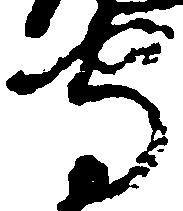
守